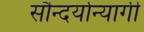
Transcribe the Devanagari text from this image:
सौन्दर्यान्यागी